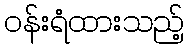
ဝန်းရံထားသည့်